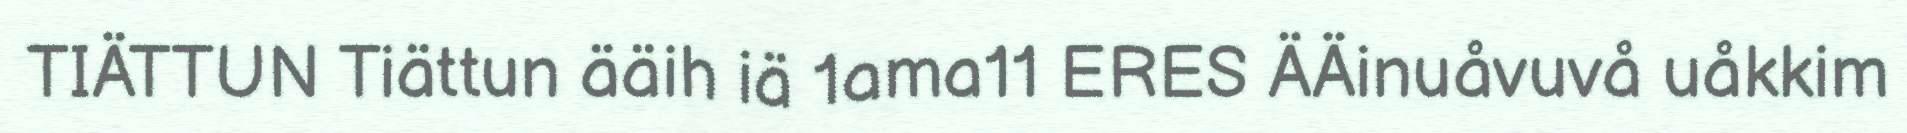
TIÄTTUN Tiättun ääih iä 1ama11 ERES ÄÄinuåvuvå uåkkim